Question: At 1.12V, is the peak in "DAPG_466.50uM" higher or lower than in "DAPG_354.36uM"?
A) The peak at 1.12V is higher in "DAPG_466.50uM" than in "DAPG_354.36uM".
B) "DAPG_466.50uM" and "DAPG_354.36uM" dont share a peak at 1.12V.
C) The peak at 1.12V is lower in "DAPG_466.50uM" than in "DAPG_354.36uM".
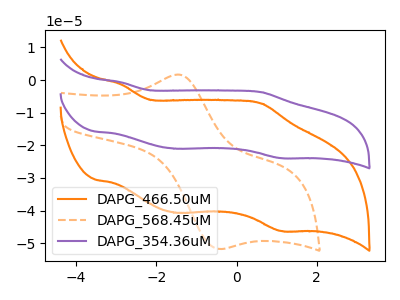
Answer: <think>The orange curve "DAPG_466.50uM" has anodic peaks at (-2.90V, -1.30uA) (0.60V, -7.20uA) and cathodic peaks at (-1.50V, -40.70uA) (1.10V, -46.25uA). The orange dashed curve "DAPG_568.45uM" has an anodic peak at (-1.45V, 1.70uA) and a cathodic peak at (-0.45V, -51.75uA). The purple curve "DAPG_354.36uM" has anodic peaks at (-2.90V, -0.70uA) (0.60V, -3.70uA) and cathodic peaks at (-1.50V, -21.05uA) (1.10V, -23.90uA).</think>
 <answer>A) The peak at 1.12V is higher in "DAPG_466.50uM" than in "DAPG_354.36uM".</answer>
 <eval>A</eval>